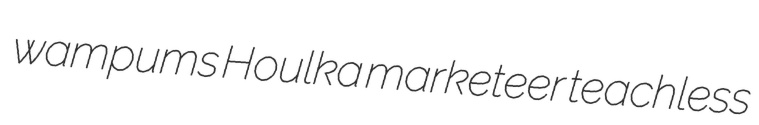
wampums Houlka marketeer teachless